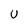
Character: U